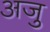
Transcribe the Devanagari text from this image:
अजु